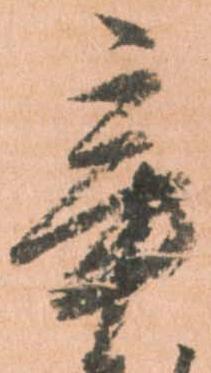
辛